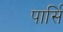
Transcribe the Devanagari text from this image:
पार्सि